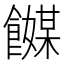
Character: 𬲞